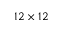
1 2 \times 1 2